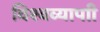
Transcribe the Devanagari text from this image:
विश्वव्यापाी